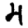
Digit: 4